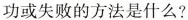
功或失败的方法是什么?